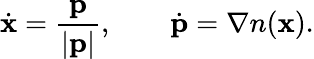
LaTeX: \dot{\mathbf{x}}=\frac{\mathbf{p}}{|\mathbf{p}|},\qquad\dot{\mathbf{p}}=\nabla n(\mathbf{x}).